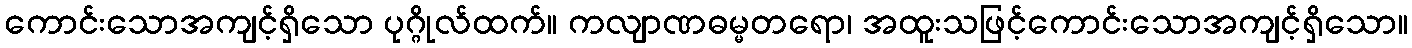
ကောင်းသောအကျင့်ရှိသော ပုဂ္ဂိုလ်ထက်။ ကလျာဏဓမ္မတရော၊ အထူးသဖြင့်ကောင်းသောအကျင့်ရှိသော။